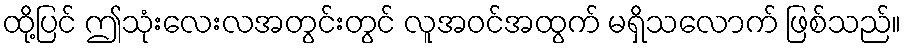
ထို့ပြင် ဤသုံးလေးလအတွင်းတွင် လူအဝင်အထွက် မရှိသလောက် ဖြစ်သည်။